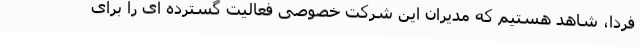
فردا، شاهد هستیم که مدیران این شرکت خصوصی فعالیت گسترده ای را برای